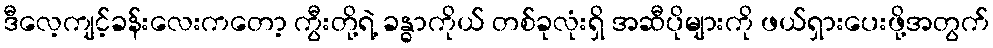
ဒီလေ့ကျင့်ခန်းလေးကတော့ ကွီးတို့ရဲ့ ခန္ဓာကိုယ် တစ်ခုလုံးရှိ အဆီပိုများကို ဖယ်ရှားပေးဖို့အတွက်